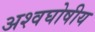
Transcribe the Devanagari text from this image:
अश्वघोषीय